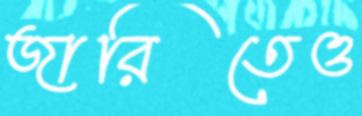
জারিতেও